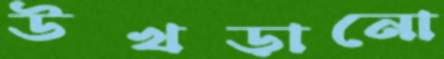
উখড়ানো